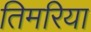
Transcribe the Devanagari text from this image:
तिमरिया